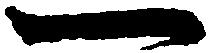
一